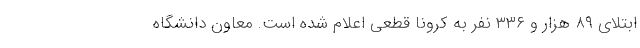
ابتلای ۸۹ هزار و ۳۳۶ نفر به کرونا قطعی اعلام شده است. معاون دانشگاه